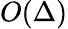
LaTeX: O(\Delta)